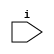
module b(i);
    wire y;
    input i;
    assign a.x = i;
endmodule